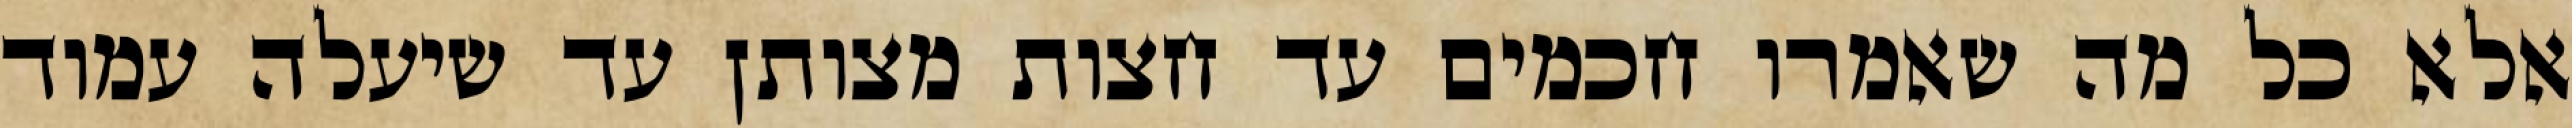
אלא כל מה שאמרו חכמים עד חצות מצותן עד שיעלה עמוד